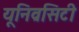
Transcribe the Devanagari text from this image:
यूनिव्रसिटी